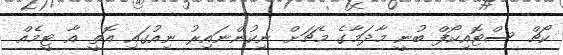
ކޯޗް ސްޓޮއިކޯފް ބުނީ މާދަމާގެ މެޗަށް ނިކުންނައިރު ނިއުގައި އޮތީ އާ ޓީމެއް